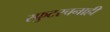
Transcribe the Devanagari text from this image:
स्फुटरचनाही